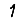
Digit: 1